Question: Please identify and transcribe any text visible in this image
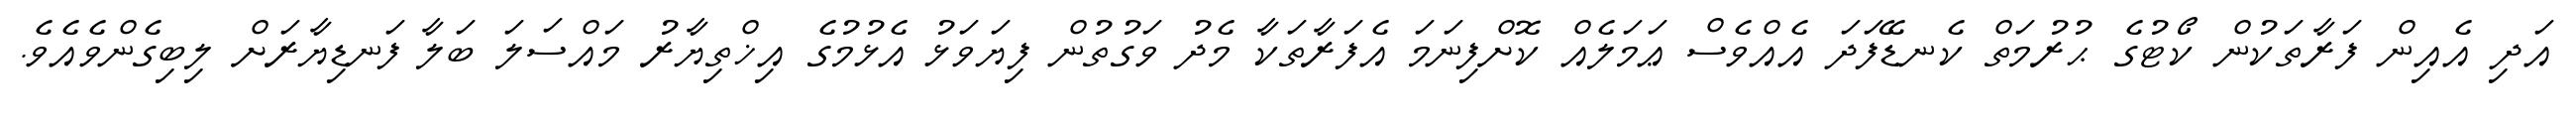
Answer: އަދި އެއިން ފަރާތަކުން ކޯޓުގެ ޙުރުމަތް ކެނޑޭފަދަ އެއްވެސް ޢަމަލެއް ކޮށްފިނަމަ އެފަރާތަކާ މެދު ވަގުތުން ފިޔަވަޅު އެޅުމުގެ އިޚްތިޔާރު މައްސަލަ ބަލާ ފަނޑިޔާރަށް ލިބިގެންވެއެވެ.